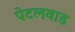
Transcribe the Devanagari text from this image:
पेटलवाड